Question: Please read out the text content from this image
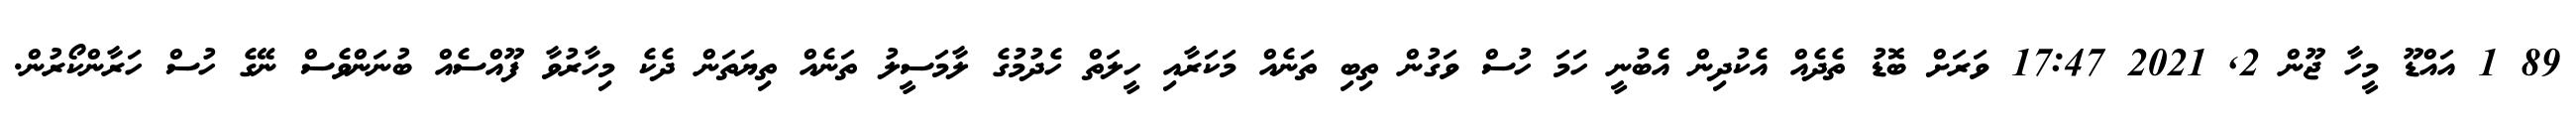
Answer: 89 1 އައްޑޫ މީހާ ޖޫން 2, 2021 17:47 ވަރަށް ބޮޑު ތެދެއް އެކުދިން އެބުނީ ހަމަ ހުސް ވަގުން ތިބި ތަނެއް މަކަރާއި ހީލަތް ހެދުމުގެ ލާމަސީލު ތަނެއް ތިޔަތަން ދެކެ މިހާރުވާ ފޫއްސެއް ބުނަންވެސް ނޭގެ ހުސް ހަރާންކޯރުން.